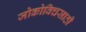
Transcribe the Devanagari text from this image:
जोकोविचसाठी